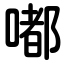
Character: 嘟